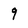
Character: 9